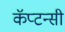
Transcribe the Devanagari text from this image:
कॅप्टन्सी